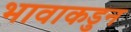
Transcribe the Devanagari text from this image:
भावाकडुन